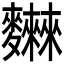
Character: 𪎂